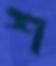
শ